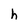
Character: h